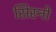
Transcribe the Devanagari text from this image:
सिस्नो